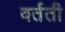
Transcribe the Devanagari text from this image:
वर्तती